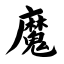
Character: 魔